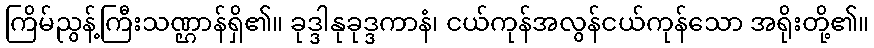
ကြိမ်ညွန့်ကြီးသဏ္ဌာန်ရှိ၏။ ခုဒ္ဒါနုခုဒ္ဒကာနံ၊ ငယ်ကုန်အလွန်ငယ်ကုန်သော အရိုးတို့၏။